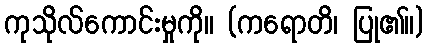
ကုသိုလ်ကောင်းမှုကို။ (ကရောတိ၊ ပြု၏။)